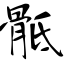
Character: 骶